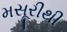
મસૂરીથી